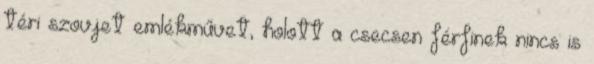
téri szovjet emlékművet, holott a csecsen férfinek nincs is